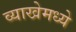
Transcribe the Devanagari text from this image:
व्याखेमध्ये